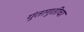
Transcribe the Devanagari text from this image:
गुंतागुतीचा